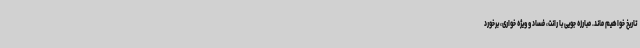
تاریخ خواهیم ماند. مبارزه جویی با رانت، فساد و ویژه خواری، برخورد